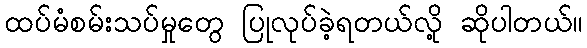
ထပ်မံစမ်းသပ်မှုတွေ ပြုလုပ်ခဲ့ရတယ်လို့ ဆိုပါတယ်။